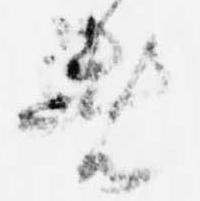
者